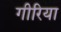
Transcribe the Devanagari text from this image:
गीरिया